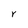
Character: Y